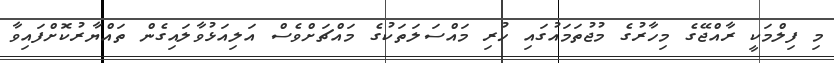
މި ފިލްމަކީ ރާއްޖޭގެ މިހާރުގެ މުޖުތަމައުގައި ހުރި މައްސަލަތަކުގެ މައްޗަށްވެސް އަލިއަޅުވާލައިގެން ތައްޔާރުކޮށްފައިވާ